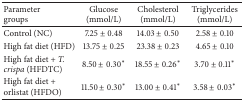
<table><thead><tr><td><b>Parametergroups</b></td><td><b>Glucose(mmol/L)</b></td><td><b>Cholesterol(mmol/L)</b></td><td><b>Triglycerides(mmol/L)</b></td></tr></thead><tbody><tr><td>Control (NC)</td><td>7.25 ± 0.48</td><td>14.03 ± 0.50</td><td>2.58 ± 0.10</td></tr><tr><td>High fat diet (HFD)</td><td>13.75 ± 0.25</td><td>23.38 ± 0.23</td><td>4.65 ± 0.10</td></tr><tr><td>High fat diet + <i>T. crispa </i>(HFDTC)</td><td>8.50 ± 0.30<sup>*</sup></td><td>18.55 ± 0.26<sup>*</sup></td><td>3.70 ± 0.11<sup>*</sup></td></tr><tr><td>High fat diet + orlistat (HFDO)</td><td>11.50 ± 0.30<sup>*</sup></td><td>13.00 ± 0.41<sup>*</sup></td><td>3.58 ± 0.03<sup>*</sup></td></tr></tbody></table>